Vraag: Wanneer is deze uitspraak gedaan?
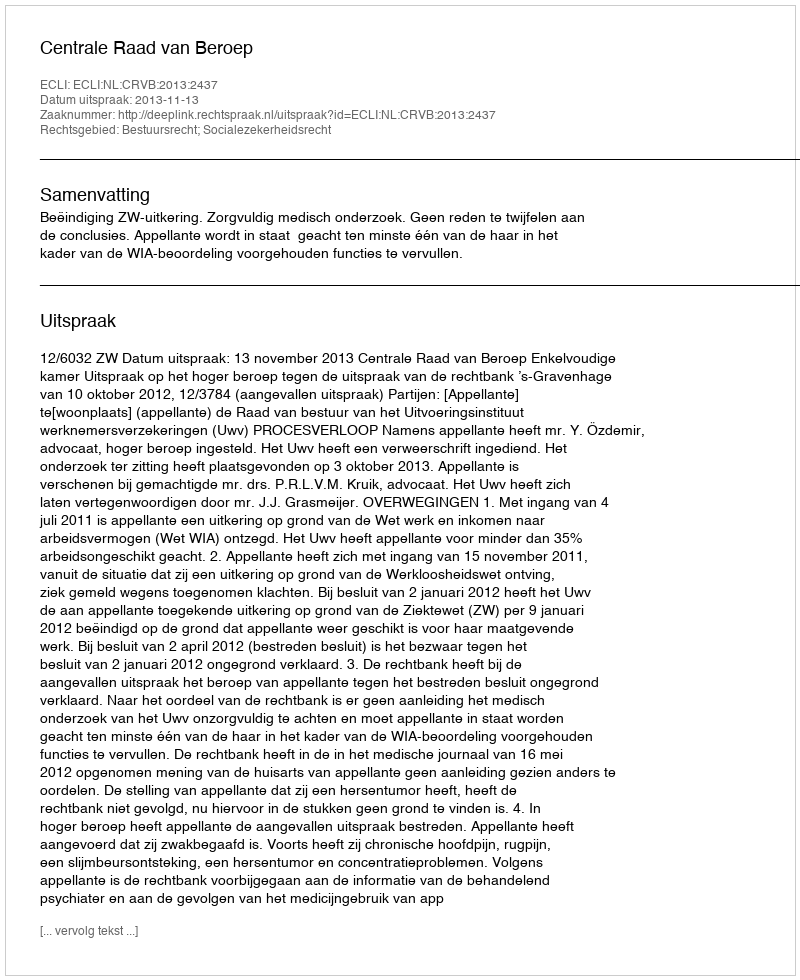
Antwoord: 2013-11-13